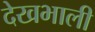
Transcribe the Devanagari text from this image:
देखभाली